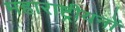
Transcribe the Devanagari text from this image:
महाराष्ट्रीयनों